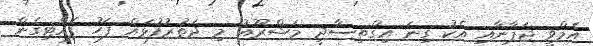
އެމްވީ ޖަޕާނާއި އެކު ގިނަ އިގްތިސާދީ މަޝްރޫއު މި ދަތުރުފުޅައް ފަހު ފެއްޓިގެން